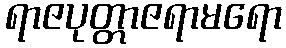
ရာဇပုတ္တာဇရာမရော